Sketch of the medical history of the native army of Bombay, for the year
Year: 1872
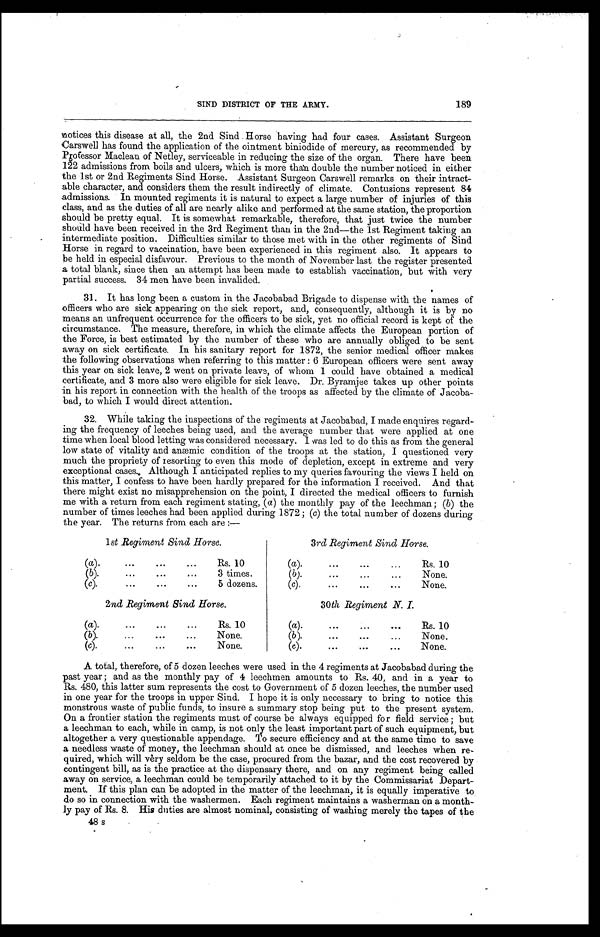
SIND DISTRICT OF THE ARMY.
189
notices this disease at all, the 2nd Sind Horse having had four cases. Assistant Surgeon
Carswell has found the application of the ointment biniodide of mercury, as recommended by
Professor Maclean of Netley, serviceable in reducing the size of the organ. There have been
122 admissions from boils and ulcers, which is more than double the number noticed in either
the 1st or 2nd Regiments Sind Horse. Assistant Surgeon Carswell remarks on their intract--
able character, and considers them the result indirectly of climate. Contusions represent 84
admissions. In mounted regiments it is natural to expect a large number of injuries of this
class, and as the duties of all are nearly alike and performed at the same station, the proportion
should be pretty equal. It is somewhat remarkable, therefore, that just twice the number
should have been received in the 3rd Regiment than in the 2nd—the 1st Regiment taking an
intermediate position. Difficulties similar to those met with in the other regiments of Sind
Horse in regard to vaccination, have been experienced in this regiment also. It appears to
be held in especial disfavour. Previous to the month of November last the register presented
a total blank, since then an attempt has been made to establish vaccination, but with very
partial success. 34 men have been invalided.
31. It has long been a custom in the Jacobabad Brigade to dispense with the names of
officers who are sick appearing on the sick report, and, consequently, although it is by no
means an unfrequent occurrence for the officers to be sick, yet no official record is kept of the
circumstance. The measure, therefore, in which the climate affects the European portion of
the Force, is best estimated by the number of these who are annually obliged to be sent
away on sick certificate. In his sanitary report for 1872, the senior medical officer makes
the following observations when referring to this matter : 6 European officers were sent away
this year on sick leave, 2 went on private leave, of whom 1 could have obtained a medical
certificate, and 3 more also were eligible for sick leave. Dr. Byramjee takes up other points
in his report in connection with the health of the troops as affected by the climate of Jacoba--
bad, to which I would direct attention.
32. While taking the inspections of the regiments at Jacobabad, I made enquires regard-
- i n g t h e f r e q u e n c y o f l e e c h e s b e i n g u s e d , a n d t h e a v e r a g e n u m b e r t h a t w e r e a p p l i e d a t o n e
time when local blood letting was considered necessary. I was led to do this as from the general
low state of vitality and anæmic condition of the troops at the station, I questioned very
much the propriety of resorting to even this mode of depletion, except in extreme and very
exceptional cases. Although I anticipated replies to my queries favouring the views I held on
this matter, I confess to have been hardly prepared for the information I received. And that
there might exist no misapprehension on the point, I directed the medical officers to furnish
me with a return from each regiment stating, ( a ) the monthly pay of the leechman ; (b) the
number of times leeches had been applied during 1872 ; (c) the total number of dozens during
the year. The returns from each are :—
1st Regiment Sind Horse.
(a). . . .
Rs. 10
(b) . . . .
3 times.
( c ) . . . .
5 dozens.
2nd Regiment Bind Horse.
(a). . . .
Rs. 10
(b). . . .
None.
(c). . . .
None.
3rd Regiment Sind Horse.
(a). . . .
Rs. 10
(b). . . .
None.
( c ) . . . .
None.
30th Regiment N. I.
(a). . . .
Rs. 10
(b). . . .
None.
( c ) . . . .
None.
A total, therefore, of 5 dozen leeches were used in the 4 regiments at Jacobabad during the
past year ; and as the monthly pay of 4 leechman amounts to Rs. 40, and in a year to
Rs. 480, this latter sum represents the cost to Government of 5 dozen leeches, the number used
in one year for the troops in upper Sind. I hope it is only necessary to bring to notice this
monstrous waste of public funds, to insure a summary stop being put to the present system.
On a frontier station the regiments must of course be always equipped for field service ; but
a leechman to each, while in camp, is not only the least important part of such equipment, but
altogether a very questionable appendage. To secure efficiency and at the same time to save
a needless waste of money, the leechman should at once be dismissed, and leeches when re-
- q u i r e d , w h i c h w i l l v e r y s e l d o m b e t h e c a s e , p r o c u r e d f r o m t h e b a z a r , a n d t h e c o s t r e c o v e r e d b y
contingent bill, as is the practice at the dispensary there, and on any regiment being called
away on service, a leechman could be temporarily attached to it by the Commissariat Depart-
- m e n t . I f t h i s p l a n c a n b e a d o p t e d i n t h e m a t t e r o f t h e l e e c h m a n , i t i s e q u a l l y i m p e r a t i v e t o
do so in connection with the washermen. Each regiment maintains a washerman on a month-
- l y p a y o f R s . 8 . H i s d u t i e s a r e a l m o s t n o m i n a l , c o n s i s t i n g o f w a s h i n g m e r e l y t h e t a p e s o f t h e
48 s